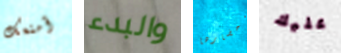
أمنعك والبدء إحضارها عليك